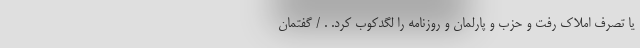
یا تصرف املاک رفت و حزب و پارلمان و روزنامه را لگد‌کوب کرد. . / گفتمان